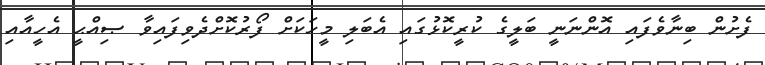
ފެށުން ބިނާވެފައި އޮންނަނީ ބަލީގެ ކުރީކޮޅުގައި އެބަލި މީހަކަށް ފޯރުކޮށްދެވިފައިވާ ޞިއްޙީ އެހީއާއި